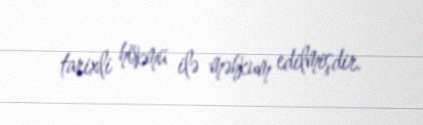
tarixli hökmü ilə məhkum edilmişdir.